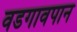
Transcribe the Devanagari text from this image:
वडगावपान